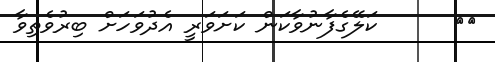
٤٥      ކަލޭގެފާނުވާކަން ކަށަވަރީ އެދުވަހަށް ބިރުވެތިވާ